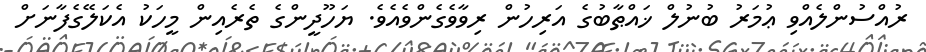
ރުއްސުންލެއްވި ޢުމަރު ބުނުލް ޚައްޠާބުގެ އަރިހުން ރިވާވެގެންވެއެވެ. ޔަހޫދީންގެ ތެރެއިން މީހަކު އެކަލޭގެފާނަށް